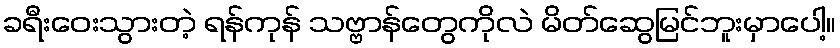
ခရီးဝေးသွားတဲ့ ရန်ကုန် သဗ္ဗာန်တွေကိုလဲ မိတ်ဆွေမြင်ဘူးမှာပေါ့။